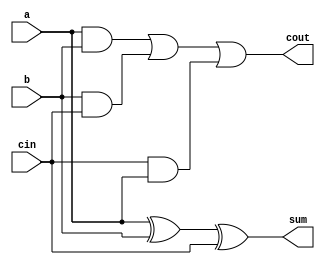
module top_module( 
    input a, b, cin,
    output cout, sum );
    assign sum = (a^b)^cin; // sum bit
    assign cout = (a & b) | (b & cin) | (cin & a); //carry bit
endmodule